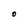
Character: O